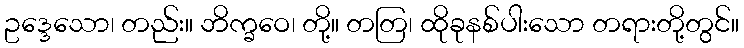
ဥဒ္ဒေသော၊ တည်း။ ဘိက္ခဝေ၊ တို့။ တတြ၊ ထိုခုနစ်ပါးသော တရားတို့တွင်။